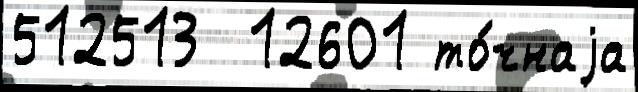
512513  12601 то́чнаjа